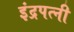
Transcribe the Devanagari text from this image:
इंद्रपत्नी